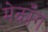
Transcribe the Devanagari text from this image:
मेकॉँग